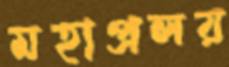
মহাপ্রলয়